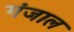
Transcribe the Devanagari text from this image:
गंजाल